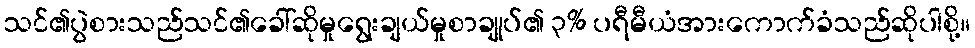
သင်၏ပွဲစားသည်သင်၏ခေါ်ဆိုမှုရွေးချယ်မှုစာချုပ်၏ ၃% ပရီမီယံအားကောက်ခံသည်ဆိုပါစို့။